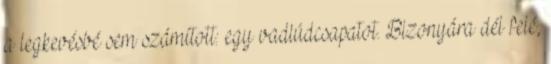
a legkevésbé sem számított: egy vadlúdcsapatot. Bizonyára dél felé,